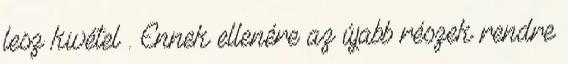
lesz kivétel . Ennek ellenére az újabb részek rendre